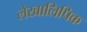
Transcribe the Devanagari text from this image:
लेखालिपिक